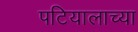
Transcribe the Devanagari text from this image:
पटियालाच्या